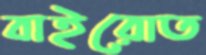
বাইরোত